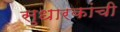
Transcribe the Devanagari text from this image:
सुधारकांची